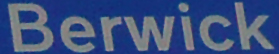
Berwick